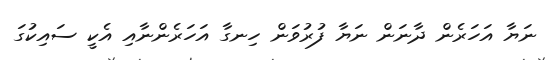
ނަޔާ އަހަރެން ދާނަން ނަޔާ ފުރުވަން ހިނގާ އަހަރެންނާއި އެކީ ސައިކުގަ